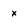
Character: x